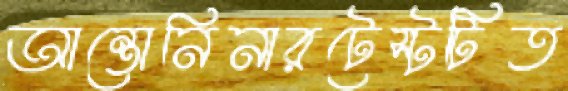
আন্তোনিনারটেস্টটিত